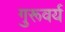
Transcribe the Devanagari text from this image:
गुरूवर्य